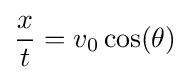
{\frac {x}{t}}=v_{0}\cos(\theta )